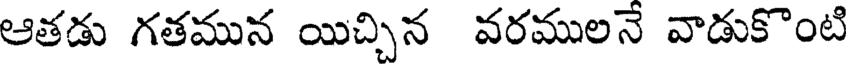
ఆతడు గతమున యిచ్చిన వరములనే వాడుకొంటి